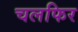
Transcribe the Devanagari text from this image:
चलफिर